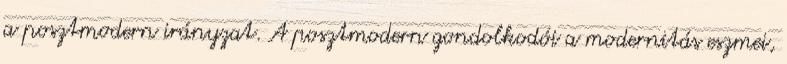
a posztmodern irányzat. A posztmodern gondolkodói a modernitás eszmei,